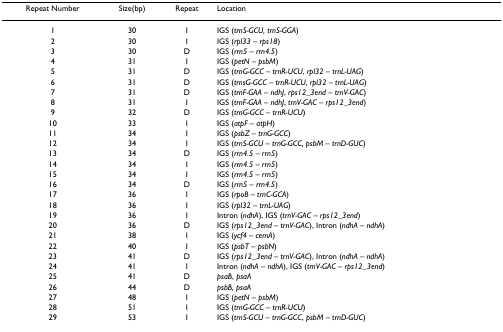
| Repeat Number | Size(bp) | Repeat | Location |
 | --- | --- | --- | --- |
 | 1 | 30 | I | IGS (trnS-GCU, trnS-GGA) |
 | 2 | 30 | I | IGS (rpl33 – rps18) |
 | 3 | 30 | D | IGS (rrn5 – rrn4.5) |
 | 4 | 31 | I | IGS (petN – psbM) |
 | 5 | 31 | D | IGS (trnG-GCC – trnR-UCU, rpl32 – trnL-UAG) |
 | 6 | 31 | D | IGS (trnsG-GCC – trnR-UCU, rpl32 – trnL-UAG) |
 | 7 | 31 | D | IGS (trnF-GAA – ndhJ, rps12_3end – trnV-GAC) |
 | 8 | 31 | I | IGS (trnF-GAA – ndhJ, trnV-GAC – rps12_3end) |
 | 9 | 32 | D | IGS (trnG-GCC – trnR-UCU) |
 | 10 | 33 | I | IGS (atpF – atpH) |
 | 11 | 34 | I | IGS (psbZ – trnG-GCC) |
 | 12 | 34 | I | IGS (trnS-GCU – trnG-GCC, psbM – trnD-GUC) |
 | 13 | 34 | D | IGS (rrn4.5 – rrn5) |
 | 14 | 34 | I | IGS (rrn4.5 – rrn5) |
 | 15 | 34 | I | IGS (rrn4.5 – rrn5) |
 | 16 | 34 | D | IGS (rrn5 – rrn4.5) |
 | 17 | 36 | I | IGS (rpoB – trnC-GCA) |
 | 18 | 36 | I | IGS (rpl32 – trnL-UAG) |
 | 19 | 36 | I | Intron (ndhA), IGS (trnV-GAC – rps12_3end) |
 | 20 | 36 | D | IGS (rps12_3end – trnV-GAC), Intron (ndhA – ndhA) |
 | 21 | 38 | I | IGS (ycf4 – cemA) |
 | 22 | 40 | I | IGS (psbT – psbN) |
 | 23 | 41 | D | IGS (rps12_3end – trnV-GAC), Intron (ndhA – ndhA) |
 | 24 | 41 | I | Intron (ndhA – ndhA), IGS (trnV-GAC – rps12_3end) |
 | 25 | 41 | D | psaB, psaA |
 | 26 | 44 | D | psbB, psaA |
 | 27 | 48 | I | IGS (petN – psbM) |
 | 28 | 51 | I | IGS (trnG-GCC – trnR-UCU) |
 | 29 | 53 | I | IGS (trnS-GCU – trnG-GCC, psbM – trnD-GUC) |